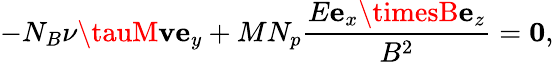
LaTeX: -N_{B}\nu\tauM\mathbf{v}\mathbf{{e}}_{y}+MN_{p}\frac{{E\mathbf{{e}}_{x}\timesB\mathbf{{e}}_{z}}}{{B^{2}}}=\mathbf{{0}},